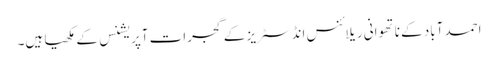
احمد آباد کے ناتھوانی ریلائنس انڈسٹریز کے گجرات آپریشنس کے مکھیا ہیں۔